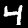
Label: 4